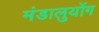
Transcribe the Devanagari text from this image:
मंडालुयोंग